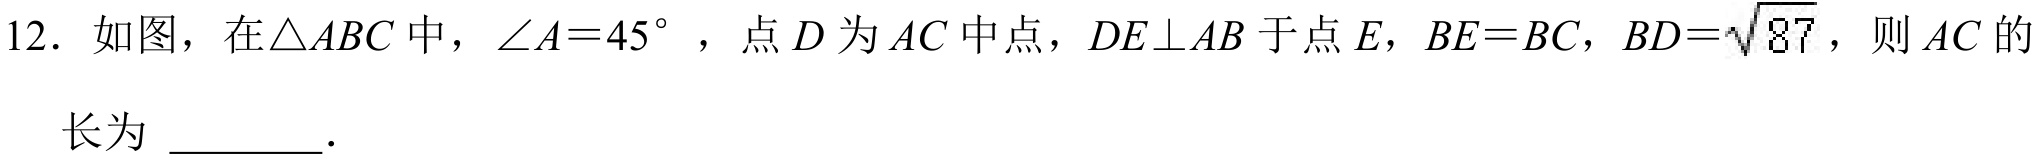
12. 如图，在\(\triangle ABC\)中，\(\angle A = 45^{\circ}\)，点\(D\)为\(AC\)中点，\(DE\perp AB\)于点\(E\)，\(BE = BC\)，\(BD=\sqrt{87}\)，则\(AC\)的长为 \_\_\_\_ .